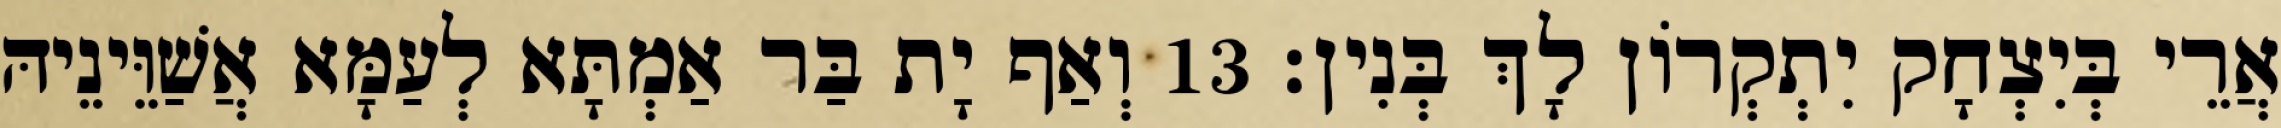
אֲרֵי בְּיִצְחָק יִתְקְרוֹן לָךְ בְּנִין׃ 13 וְאַף יָת בַּר אַמְתָּא לְעַמָּא אֲשַׁוֵּינֵיהּ